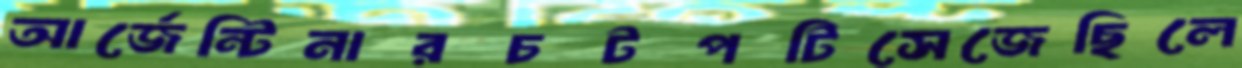
আর্জেন্টিনারচটপটিসেজেছিলে